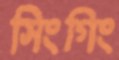
সিংগিং